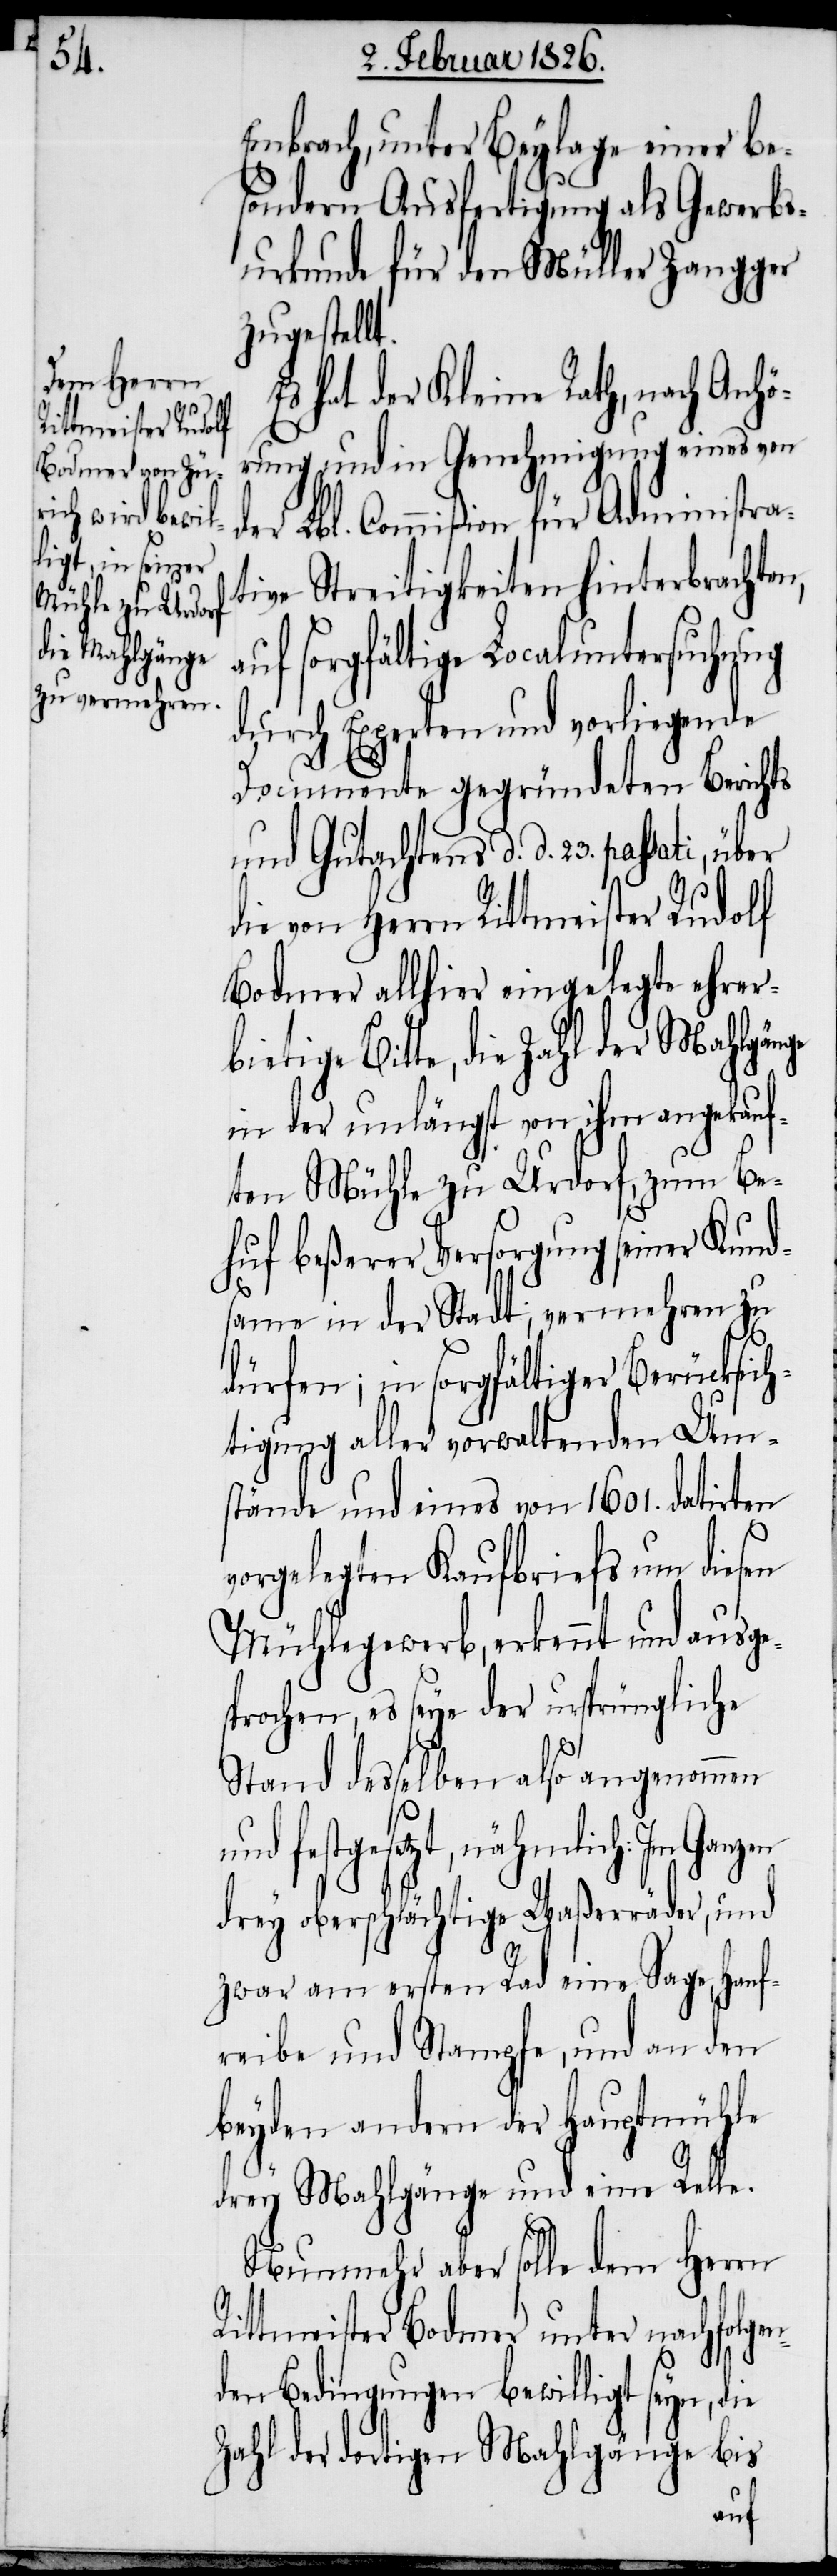
t.

E¬

Embrach, unter Beylage einer be¬
sondern Ausfertigung als Gewerbs¬
urkunde für den Müller Zangger
zugestell¬
s hat der Kleine Rath, nach Anhö¬
rung und in Genehmigung eines von
der Lbl. Commißion für Administra¬
tive Streitigkeiten hinterbrachten,
auf sorgfältige Localuntersuchung
durch Experten und vorliegende
Documente gegründeten Berichts
und Gutachtens d. d. 23. passati,
die von Herrn Rittmeister Rudolf
Bodmer allhier eingelegte ehrerb¬
ietige Bitte, die Zahl der Mahlgänge
in der unlängst von ihm angekauf¬
ten Mühle zu Urdorf, zum Be¬
huf beßerer Versorgung seiner Kund¬
same in der Stadt; vermehren zu
dürfen; in sorgfältiger Berücksich¬
tigung aller vorwaltenden Um¬
stände und eines von 1601. datirten
vorgelegten Kaufbriefs um diesen
Mühlegewerb, erkennt und ausge¬
sprochen, es seye der ursprüngliche
Stand desselben also angenommen
festgesetzt, nähmlich: Im
drey oberschlächtige Waßerräder, und
zwar am ersten Rad eine Sage, Hanf¬
reibe und Stampfe, und an den
beyden an dem der Hauptmühle
drey Mahlgänge und eine Relle.
Nunmehr aber solle dem Herrn
Rittmeister Bodmer unter nachfolgen¬
den Bedingungen bewilligt seyn, die
Zahl der dortigen Mahlgänge bis